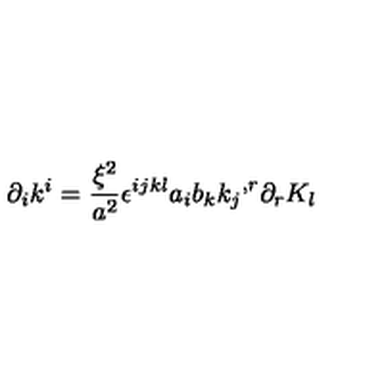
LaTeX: { \partial } _ { i } k ^ { i } = \frac { { \xi } ^ { 2 } } { a ^ { 2 } } { \epsilon } ^ { i j k l } a _ { i } b _ { k } { k _ { j } } ^ { , r } { \partial } _ { r } K _ { l }